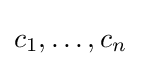
{\textstyle c_{1},\ldots ,c_{n}}